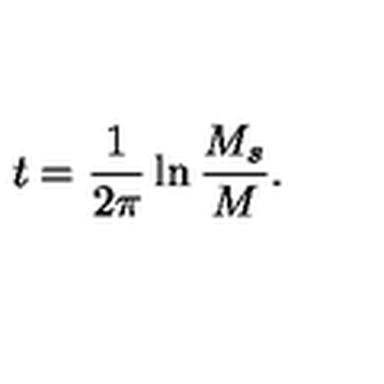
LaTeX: t = \frac { 1 } { 2 \pi } \ln \frac { M _ { s } } { M } .